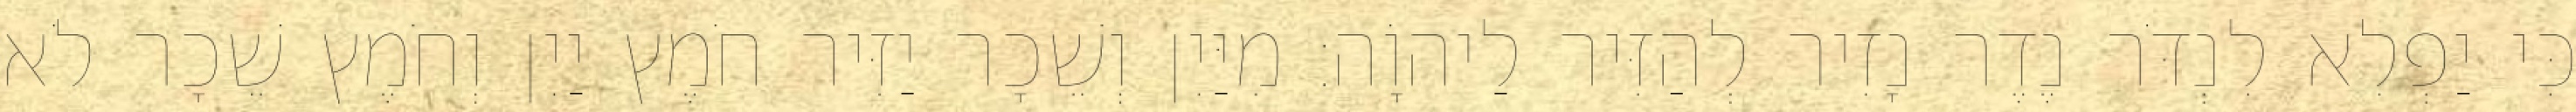
כִּי יַפְלִא לִנְדֹּר נֶדֶר נָזִיר לְהַזִּיר לַיהוָֹה׃ מִיַּיִן וְשֵׁכָר יַזִּיר חֹמֶץ יַיִן וְחֹמֶץ שֵׁכָר לֹא